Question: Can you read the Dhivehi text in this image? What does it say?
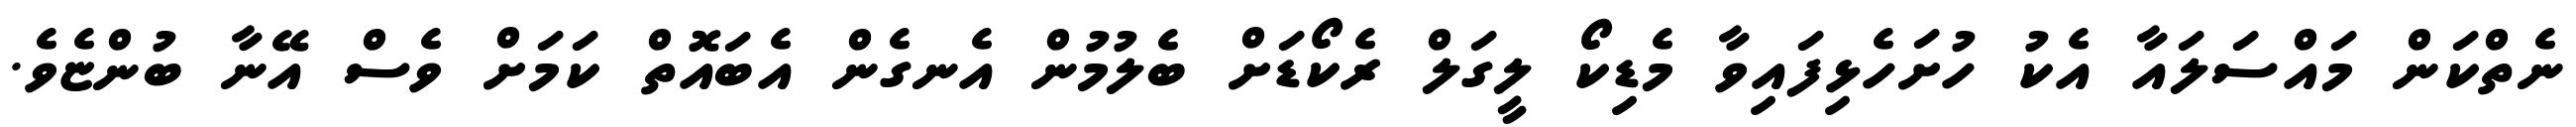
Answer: ނެތްކަން މައްސަލައާ އެކު ހުށަހެޅިފައިވާ މެޑިކޯ ލީގަލް ރެކޯޑަށް ބެލުމުން އެނގެން އެބައޮތް ކަމަށް ވެސް އޭނާ ބުންޏެވެ.